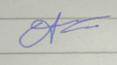
Signature authenticity: forged